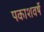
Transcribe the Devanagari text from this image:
पकाशवर्षे